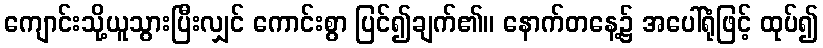
ကျောင်းသို့ယူသွားပြီးလျှင် ကောင်းစွာ ပြင်၍ချက်၏။ နောက်တနေ့၌ အပေါ်ရုံဖြင့် ထုပ်၍